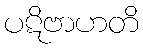
ပဋိဗာဟတိ